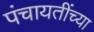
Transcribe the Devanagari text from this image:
पंचायतींच्या